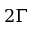
2 \Gamma